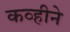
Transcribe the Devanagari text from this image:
कव्हीने